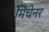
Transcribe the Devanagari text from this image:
मिचेनर